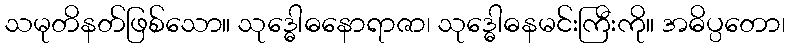
သမုတိနတ်ဖြစ်သော။ သုဒ္ဓေါဓနောရာဇာ၊ သုဒ္ဓေါဓနမင်းကြီးကို။ အဓိပ္ပတော၊